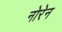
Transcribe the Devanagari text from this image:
नोरेन